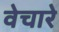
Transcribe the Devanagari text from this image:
वेचारे